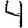
Digit: 4